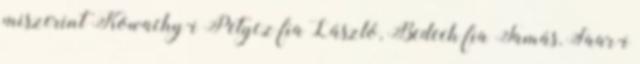
miszerint Kowachy-i Petycz fia László, Bedech fia Tamás, Saar-i